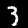
Digit: 3